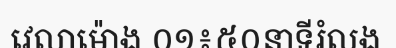
វេលាម៉ោង ០១៖៥០នាទីរំលង